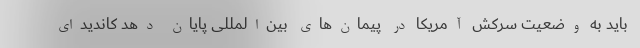
باید به وضعیت سرکش آمریکا در پیمان‌های بین‌المللی پایان دهد کاندیدای